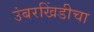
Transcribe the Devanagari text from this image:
उंबरखिंडीचा